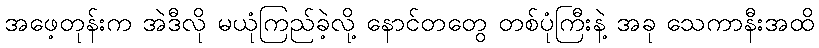
အဖေ့တုန်းက အဲဒီလို မယုံကြည်ခဲ့လို့ နောင်တတွေ တစ်ပုံကြီးနဲ့ အခု သေကာနီးအထိ